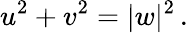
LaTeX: u^{2}+v^{2}=|w|^{2}\, .